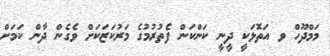
މަމްދޫހް ވ އަތޮޅަކީ ދީނީ ކަންކަން ފެތުރުމުގެ މަރުކަޒަކަށް ވެގެން ދާން ކަމަށް